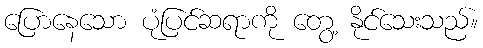
ပြောနေသော ပုံပြင်ဆရာကို တွေ့ နိုင်သေးသည်။